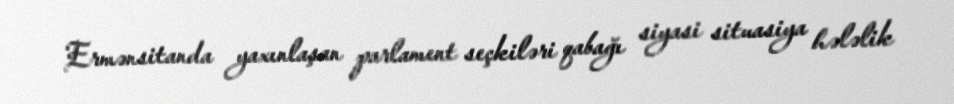
Ermənsitanda yaxınlaşan parlament seçkiləri qabağı siyasi situasiya hələlik